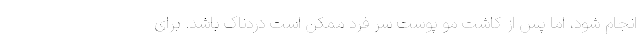
انجام شود، اما پس از کاشت مو پوست سر فرد ممکن است دردناک باشد. برای